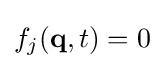
f_{j}(\mathbf {q} ,t)=0